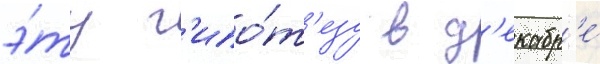
э́ту г'ипо́т'езу в д'екабр'е́